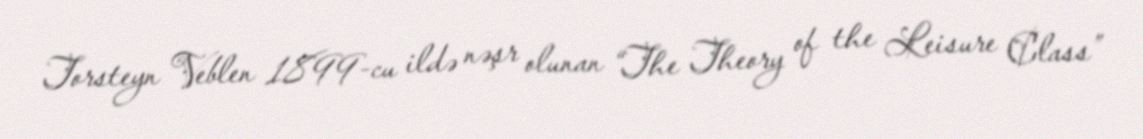
Torsteyn Veblen 1899-cu ildə nəşr olunan “The Theory of the Leisure Class”